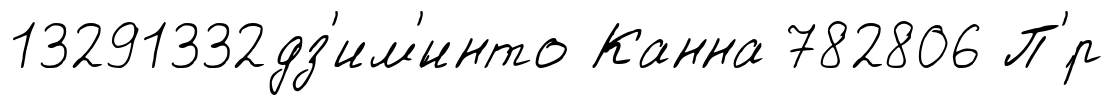
13291332дз'им'́инто Канна 782806 П'́р